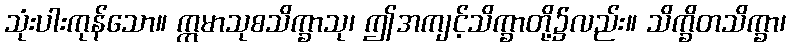
သုံးပါးကုန်သော။ ဣမာသုစသိက္ခာသု၊ ဤအကျင့်သိက္ခာတို့၌လည်း။ သိက္ခိတသိက္ခာ၊